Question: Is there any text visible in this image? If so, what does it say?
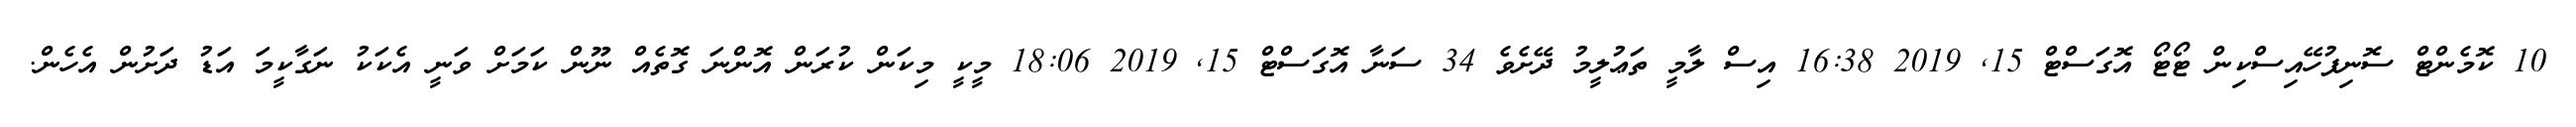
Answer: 10 ކޮމެންޓް ސޮނިފުހޭއިސްކިން ޓޯޓޯ އޮގަސްޓް 15, 2019 16:38 އިސް ލާމީ ތަޢުލީމު ދޭށެވެ 34 ސަނާ އޮގަސްޓް 15, 2019 18:06 މީކީ މިކަން ކުރަން އޮންނަ ގޮތެއް ނޫން ކަމަށް ވަނީ އެކަކު ނަގާކީމަ އަޑު ދަށުން އެހެން.